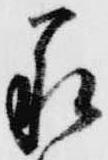
承